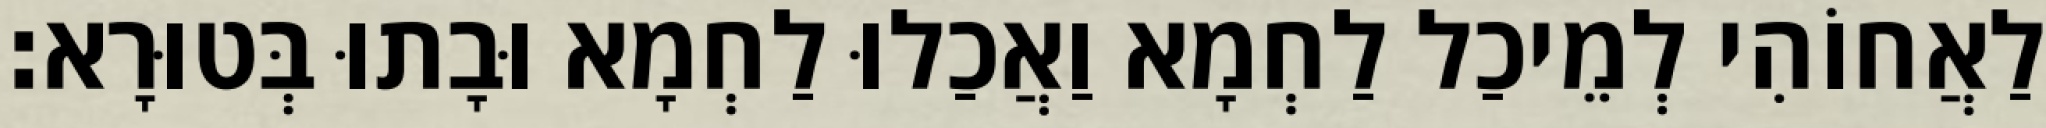
לַאֲחוֹהִי לְמֵיכַל לַחְמָא וַאֲכַלוּ לַחְמָא וּבָתוּ בְּטוּרָא׃